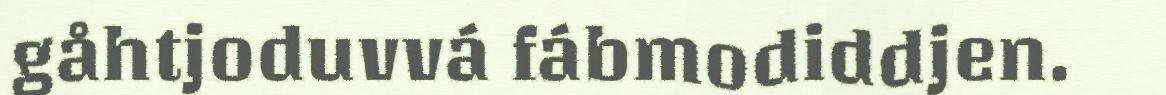
gåhtjoduvvá fábmodiddjen.